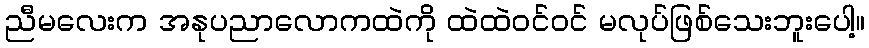
ညီမလေးက အနုပညာလောကထဲကို ထဲထဲဝင်ဝင် မလုပ်ဖြစ်သေးဘူးပေါ့။